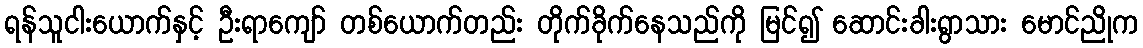
ရန်သူငါးယောက်နှင့် ဦးရာကျော် တစ်ယောက်တည်း တိုက်ခိုက်နေသည်ကို မြင်၍ ဆောင်းခါးရွာသား မောင်ညိုက